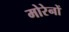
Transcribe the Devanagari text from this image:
मोरेनों